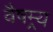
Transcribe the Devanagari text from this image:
वैषम्र्य